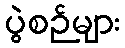
ပွဲစဉ်များ